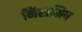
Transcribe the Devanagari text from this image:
निराभिष